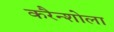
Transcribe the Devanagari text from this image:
करैन्शोला